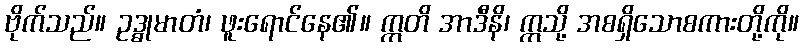
ဗိုက်သည်။ ဥဒ္ဓုမာတံ၊ ဖူးရောင်နေ၏။ ဣတိ အာဒီနိ၊ ဣသို့ အစရှိသောစကားတို့ကို။